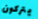
يتركون